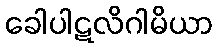
ခေါပါဋလိဂါမိယာ